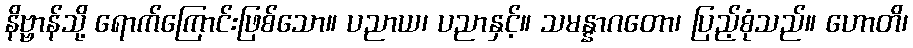
နိဗ္ဗာန်သို့ ရောက်ကြောင်းဖြစ်သော။ ပညာယ၊ ပညာနှင့်။ သမန္နာဂတော၊ ပြည့်စုံသည်။ ဟောတိ၊